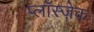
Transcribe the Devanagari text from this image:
प्लाॅस्ज़ेक